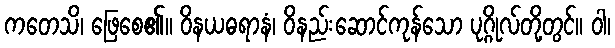
ကတေသိ၊ ဖြေစေ၏။ ဝိနယဓရာနံ၊ ဝိနည်းဆောင်ကုန်သော ပုဂ္ဂိုလ်တို့တွင်။ ဝါ၊